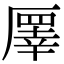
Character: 𠪯